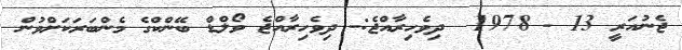
ޖެނުއަރީ 13 - 1978  ދިވެހިރާއްޖެ:- ދިވެހިރާއްޖެ ވޯލްޑް ބޭންކްގެ މެންބަރަކަށްވުން